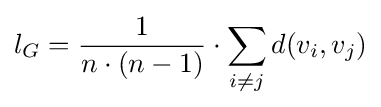
l_{G}={\frac {1}{n\cdot (n-1)}}\cdot \sum _{i\neq j}d(v_{i},v_{j})